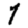
Digit: 7